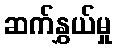
ဆက်နွှယ်မှု